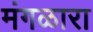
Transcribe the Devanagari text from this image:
मंगळारा